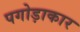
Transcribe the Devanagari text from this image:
पगोड़ाकार